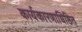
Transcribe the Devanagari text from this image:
कार्यकारणाधिष्ठित